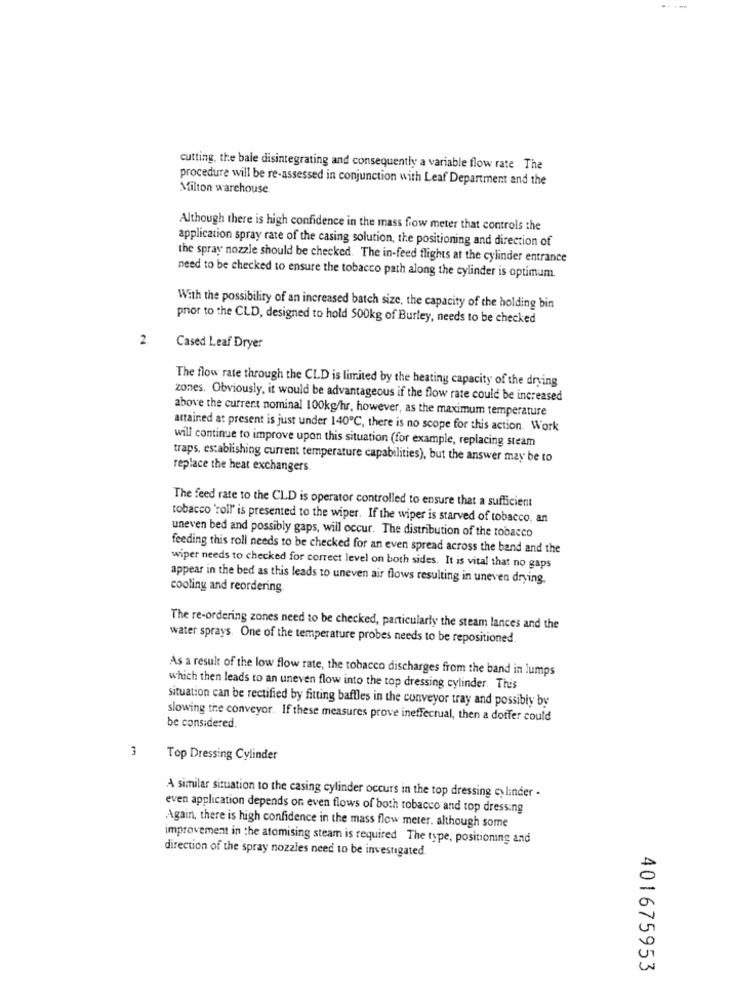
cutting, the bale disintegrating and consequently a variable flow rate The
procedure will be re-assessed in conjunction with Leaf Department and the
Milton warehouse
Although there is high confidence in the mass flow meter that controls the
application spray rate of the casing solution, the positioning and direction of
the spray nozzle should be checked. The in-feed flights at the cylinder entrance
need to be checked to ensure the tobacco path along the cylinder is optimum.
With the possibility of an increased batch size, the capacity of the holding bin
prior to the CLD, designed to hold 500kg of Burley, needs to be checked
2.
Cased Leaf Dryer
The flow rate through the CLD is limited by the heating capacity of the drying
zones. Obviously, it would be advantageous if the flow rate could be increased
above the current nominal 100kg/hr, however, as the maximum temperature
attained at present is just under 140℃, there is no scope for this action. Work
will continue to improve upon this situation (for example, replacing steam
traps, establishing current temperature capabilities), but the answer may be to
replace the heat exchangers.
The feed rate to the CLD is operator controlled to ensure that a sufficient
tobacco 'roll' is presented to the wiper. If the wiper is starved of tobacco, an
uneven bed and possibly gaps, will occur. The distribution of the tobacco
feeding this roll needs to be checked for an even spread across the band and the
wiper needs to checked for correct level on both sides. It is vital that no gaps
appear in the bed as this leads to uneven air flows resulting in uneven drying.
cooling and reordering
The re-ordering zones need to be checked, particularly the steam lances and the
water sprays. One of the temperature probes needs to be repositioned
As a result of the low flow rate, the tobacco discharges from the band in lumps
which then leads to an uneven flow into the top dressing cylinder. This
situation can be rectified by fitting baffles in the conveyor tray and possibly by
slowing the conveyor. If these measures prove ineffectual, then a doffer could
be considered.
3
Top Dressing Cylinder
A similar situation to the casing cylinder occurs in the top dressing cylinder -
even application depends on even flows of both tobacco and top dressing
Again, there is high confidence in the mass flow meter. although some
improvement in the atomising steam is required The type, positioning and
direction of the spray nozzles need to be investigated.
401675953